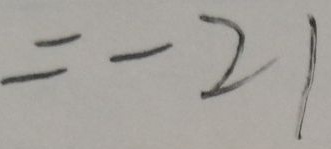
= - 2 1